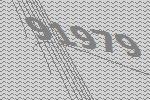
91979